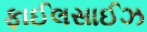
ફાઈલસાઈઝ